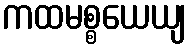
ကထမစ္စယေယျ